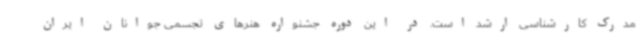
مدرک کارشناسی ارشد است. در این دوره جشنواره هنرهای تجسمی جوانان ایران